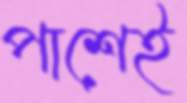
পাশেই